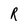
Character: R